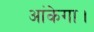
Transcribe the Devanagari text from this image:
आंकेगा।